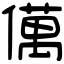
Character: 㒖